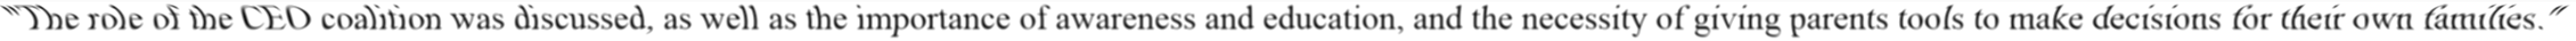
"The role of the CEO coalition was discussed, as well as the importance of awareness and education, and the necessity of giving parents tools to make decisions for their own families."